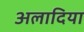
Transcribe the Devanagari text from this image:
अलादिया